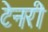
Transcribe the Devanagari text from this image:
टेनरी